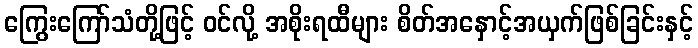
ကြွေးကြော်သံတို့ဖြင့် ဝင်လို့ အစိုးရထီများ စိတ်အနှောင့်အယှက်ဖြစ်ခြင်းနှင့်